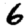
Digit: 6